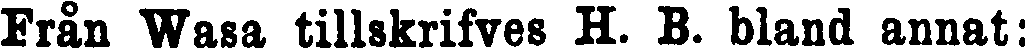
Från Wasa tillskrifves H. B. bland annat: